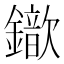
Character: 𨮈